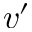
v ^ { \prime }